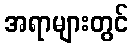
အရာများတွင်